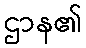
ဌာန၏